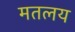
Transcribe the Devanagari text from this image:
मतलय